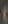
)